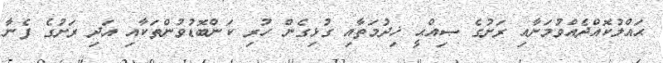
ޙައްލުކޮއްދެއްވުމަށާއި ރަށުގެ ޞިއްޙީ ޚިދުމަތާއި ގުޅިގެން ހުރި ކަންބޮޑުވުންތަކާއި އަދި ރަށުގެ ފެނާ